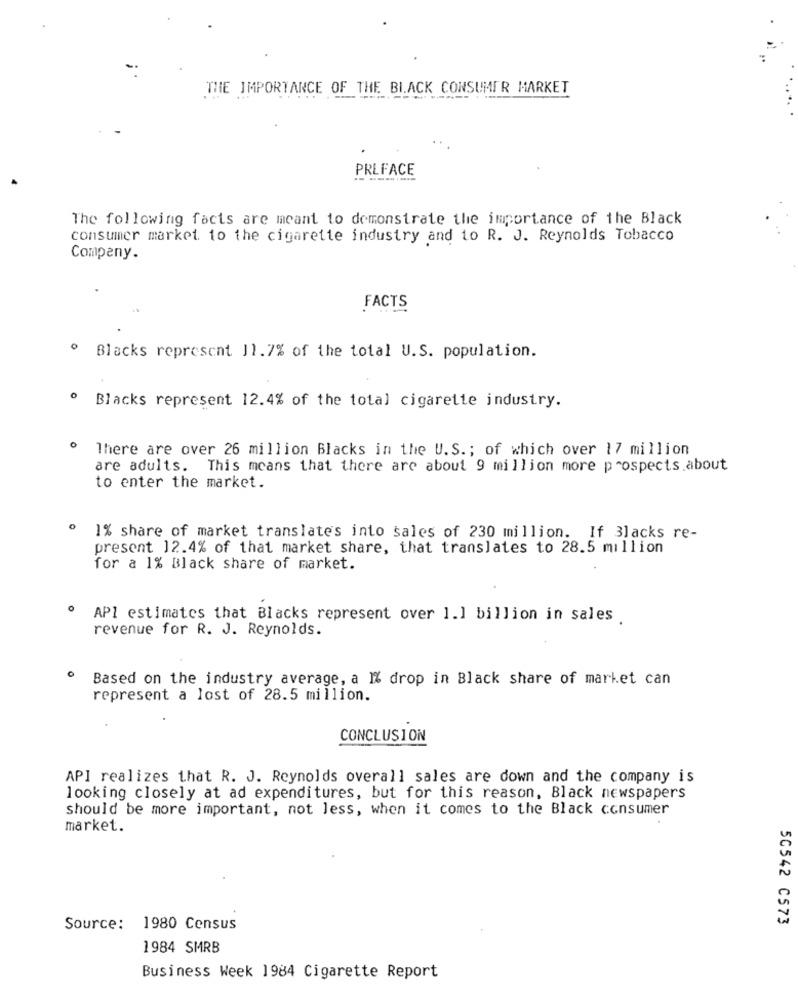
THE IMPORTANCE OF THE BLACK CONSUMER MARKET
PRLFACE
The following facts are meant to demonstrate the importance of the Black
consumer market to the cigarette industry and to R. J. Reynolds Tobacco
Company.
FACTS
. Blacks represent 11.7% of the total U.S. population.
" Blacks represent 12.4% of the total cigarette industry.
There are over 26 million Blacks in the U.S .; of which over 17 million
are adults. This means that there are about 9 million more prospects.about
to enter the market.
1% share of market translates into sales of 230 million. If Blacks re-
present 12.4% of that market share, that translates to 28.5 million
for a 1% Black share of market.
0
API estimates that Blacks represent over 1.1 billion in sales .
revenue for R. J. Reynolds.
0
Based on the industry average, a I drop in Black share of market can
represent a lost of 28.5 million.
CONCLUSION
API realizes that R. J. Reynolds overall sales are down and the company is
looking closely at ad expenditures, but for this reason, Black newspapers
should be more important, not less, when it comes to the Black consumer
market.
50542 C573
Source: 1980 Census
1984 SMRB
Business Week 1984 Cigarette Report